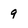
Character: 9